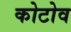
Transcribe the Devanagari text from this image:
कोटोव